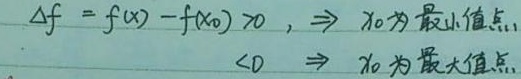
若\(\Delta f = f(x)-f(x_0) >0\)，则\(x_0\)为极小值点；若\(\Delta f = f(x)-f(x_0) <0\)，则\(x_0\)为极大值点。